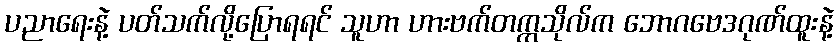
ပညာရေးနဲ့ ပတ်သက်လို့ပြောရရင် သူဟာ ဟားဗက်တက္ကသိုလ်က ဘောဂဗေဒဂုဏ်ထူးနဲ့